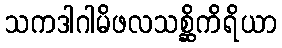
သကဒါဂါမိဖလသစ္ဆိကိရိယာ